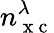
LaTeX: n_{\mathrm{~x~c~}}^{\lambda}